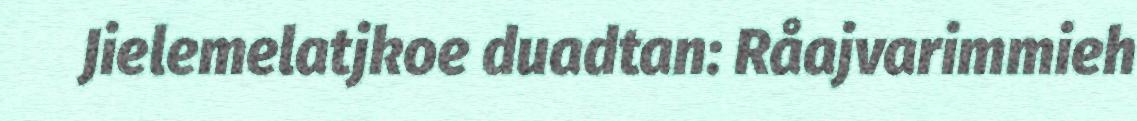
Jielemelatjkoe duadtan: Råajvarimmieh